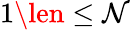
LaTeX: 1\len\le\mathcal{N}